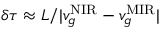
\delta \tau \approx L / | v _ { g } ^ { \mathrm { N I R } } - v _ { g } ^ { \mathrm { M I R } } |